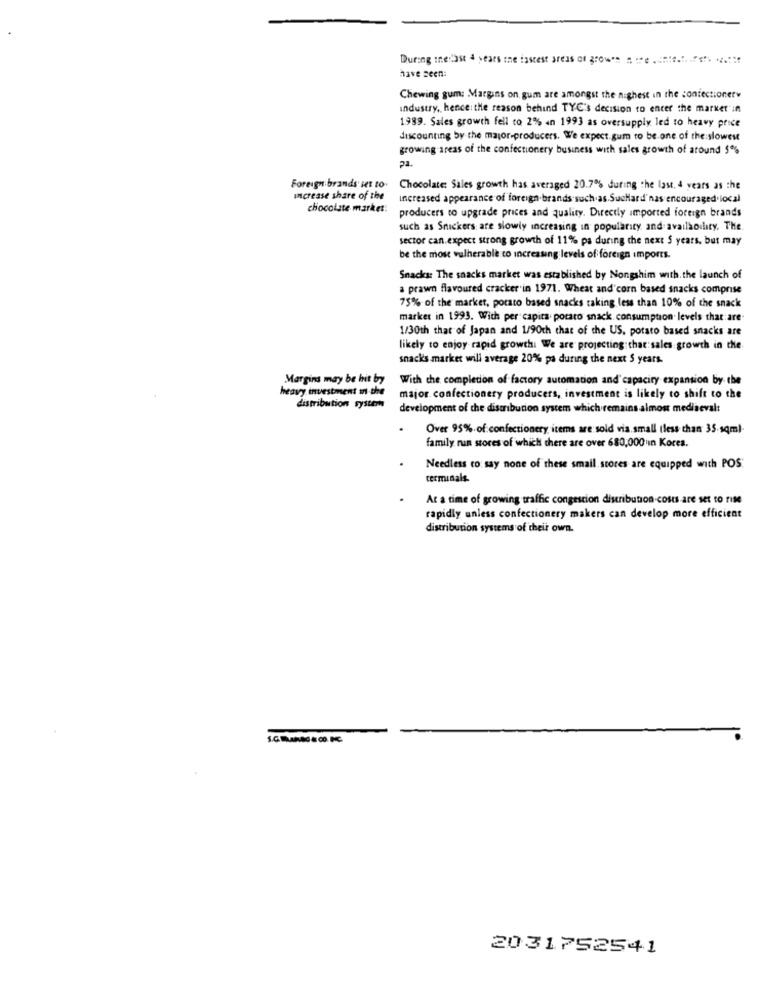
During thelast 4 years the fastest areas of grows sie. Ich war
have seen:
Chewing gum: Margins on, gum are amongst the nighest in the confectionery
industry, hence: the reason behind TYC's decision to enter the marker in
1989. Sales growth fell co 2% in 1993 as oversupply led to heavy price
discounting by the major-producers. We expect.gum to be one of the slowest
growing areas of the confectionery business with sales growth of around 5%
22.
Foreign brands set to.
Chocolate: Sales growth has averaged 20.7% during the last. 4 years as the
Increase share of the
Increased appearance of foreign.brands such as.SueHard"nas encouraged'local
chocolate market:
producers to upgrade prices and quality. Directly imported foreign brands
such as Snickers: are slowly increasing in popularity and availability, The
sector can.expect strong growth of 11% pa during the next $ years, but may
be the most vulnerable to increasing levels of foreign imports.
Snacks: The snacks market was established by Nongshim with. the launch of
a prawn flavoured cracker in 1971. Wheat and'corn based snacks comprise
75% of the market, porato based snacks taking less than 10% of the snack
market in 1993. Wich per capita potato snack consumption levels that are
1/30th that of Japan and 1/90th that of the US. potato based snacks are
likely to enjoy rapid growth: We are projecting that:sales growth in the
snacks market will average 20% pa during the next S years.
Margins may be hit by
With the completion of factory automation and capacity expansion by the
heavy investment in the
major. confectionery producers, investment is likely to shift to the
distribution systemis
development of the distribution system which remains almost mediaeval:
Over 95% of confectionery items are sold via small (less than 35 sqm).
family run stoces of which there are over 680,000 'ın Kores.
Needless to say none of these smail. stores are equipped with POS
terminals.
At a time of growing traffic congestion distribution-costs are set to file
rapidly unless confectionery makers can develop more efficient
distribution systems of their own.
2031752541